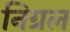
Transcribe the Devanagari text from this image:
निग्रल